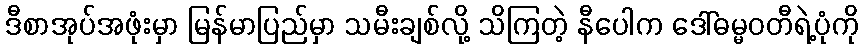
ဒီစာအုပ်အဖုံးမှာ မြန်မာပြည်မှာ သမီးချစ်လို့ သိကြတဲ့ နီပေါက ဒေါ်ဓမ္မဝတီရဲ့ပုံကို